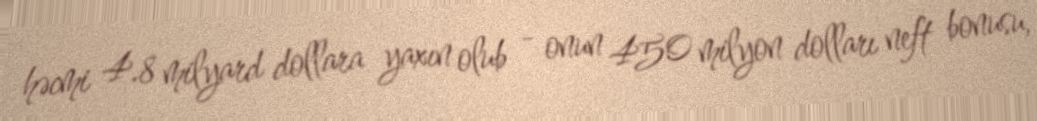
həcmi 4.8 milyard dollara yaxın olub - onun 450 milyon dolları neft bonusu,